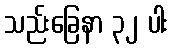
သည်းခြေနာ ၃၂ ပါး